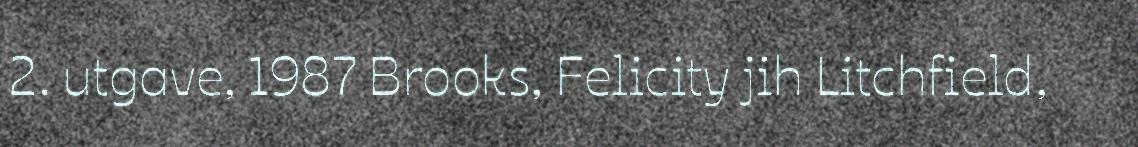
2. utgave, 1987 Brooks, Felicity jih Litchfield,